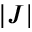
| J |